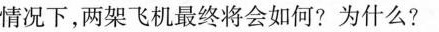
情况下，两架飞机最终将会如何?为什么?